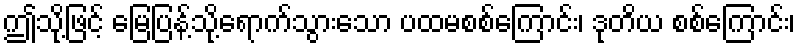
ဤသို့ဖြင့် မြေပြန့်သို့ရောက်သွားသော ပထမစစ်ကြောင်း၊ ဒုတိယ စစ်ကြောင်း၊